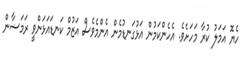
ހެޔޮ އަމަލު ކުރާ މަހަށެވެ. އެހެންކަމުން އަޅުގަނޑުމެން އެންމެވެސް އަޒުމް ކަނޑައަޅަންވީ ރަމަޟާން